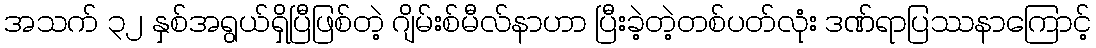
အသက် ၃၂ နှစ်အရွယ်ရှိပြီဖြစ်တဲ့ ဂျိမ်းစ်မီလ်နာဟာ ပြီးခဲ့တဲ့တစ်ပတ်လုံး ဒဏ်ရာပြဿနာကြောင့်